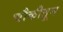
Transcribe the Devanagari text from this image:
चौकीतून